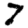
Digit: 7